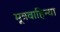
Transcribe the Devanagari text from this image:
मूत्रवाहिन्या